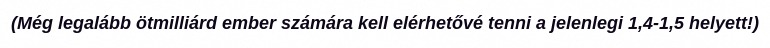
(Még legalább ötmilliárd ember számára kell elérhetővé tenni a jelenlegi 1,4-1,5 helyett!)